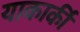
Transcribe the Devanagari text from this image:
याकार्की